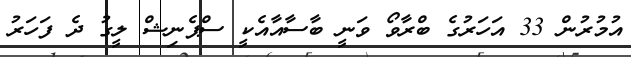
އުމުރުން 33 އަހަރުގެ ބްރާވޯ ވަނީ ބާސާއާއެކީ ސްޕެނިޝް ލީގު ދެ ފަހަރު